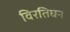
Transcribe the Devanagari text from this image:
विरतिघन